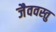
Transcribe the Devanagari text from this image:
जैववस्तु